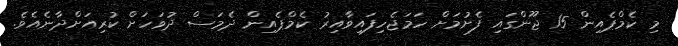
މި ކެމްޕެއިން 15 ޖޫންގައި ފެށުމަށް ހަމަޖެހިފައިވާއިރު ކެމްޕެއިން ދެމަސް ދުވަހަށް ކުރިއަށްދާނެއެވެ.